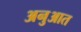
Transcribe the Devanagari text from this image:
अनुआत